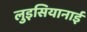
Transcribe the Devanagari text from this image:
लुइसियानाई